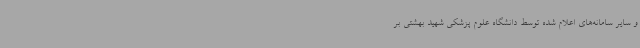
و سایر سامانه‌های اعلام شده توسط دانشگاه علوم پزشکی شهید بهشتی بر